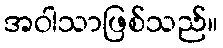
အဝါသာဖြစ်သည်။